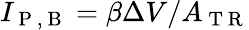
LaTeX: I_{\mathrm{~P~,~B~}}=\beta\Delta V/A_{\mathrm{~T~R~}}